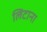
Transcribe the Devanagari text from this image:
लिटाना